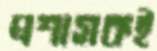
প্রশাসকই